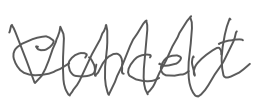
Text: concert
Cross-out: zig-zag
Writing tool: digital_gray